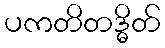
ပကတိတဒ္ဓိတ်